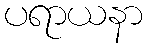
ပရာယနာ